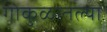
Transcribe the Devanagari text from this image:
गोकुळातल्या